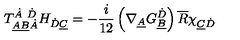
T _ { \underline { { A } } \underline { { B } } \dot { A } } ^ { \dot { A } \ \dot { D } } H _ { \dot { D } \underline { { C } } } = - \frac { i } { 1 2 } \left( \nabla _ { \underline { { A } } } G _ { \underline { { B } } } ^ { \dot { D } } \right) \overline { { R } } \chi _ { \underline { { C } } \dot { D } }